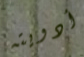
أدويته